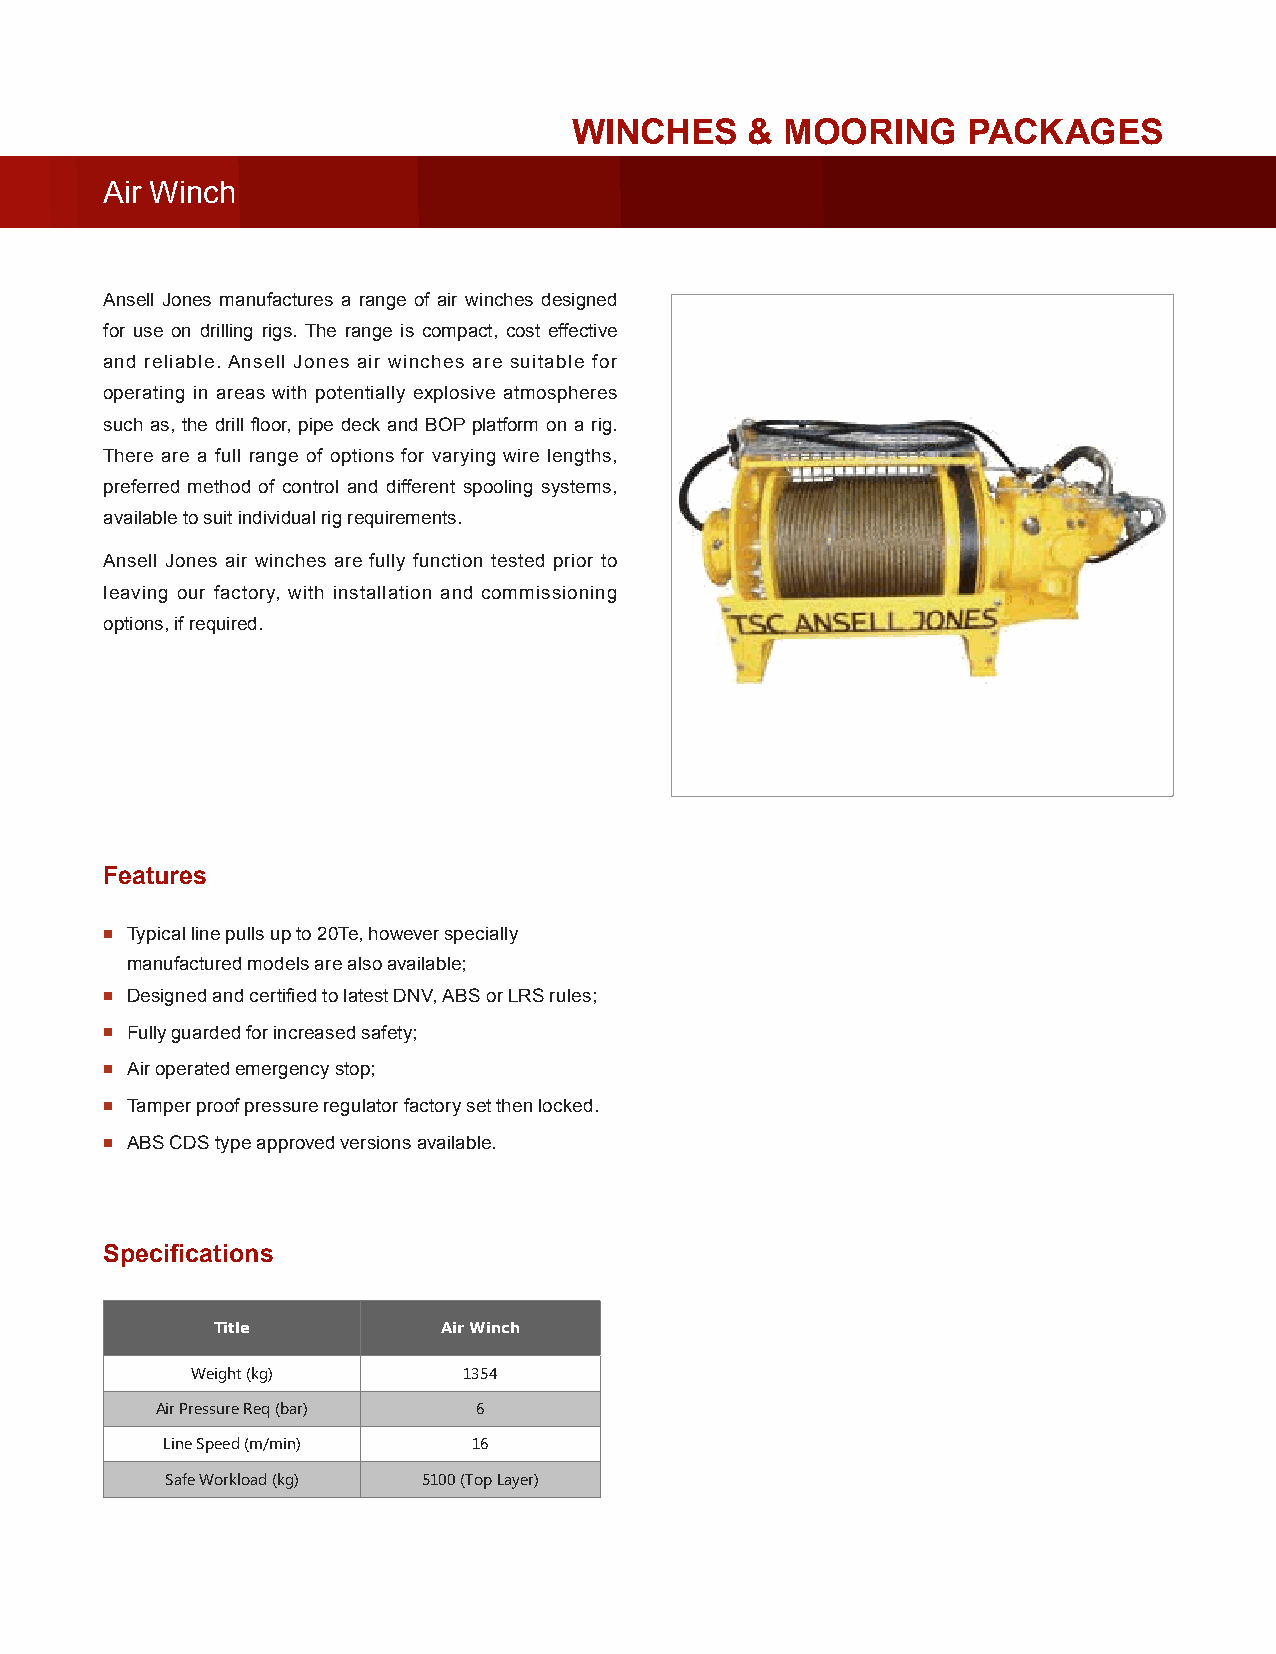
WINCHES     & MOORING     PACKAGES
 Air Winch
 Ansell Jones manufactures a range of air winches designed
 for use on drilling rigs. The range is compact, cost effective
 and reliable. Ansell Jones air winches are suitable for
 operating in areas with potentially explosive atmospheres
 such as, the drill floor, pipe deck and BOP platform on a rig.
 There are a full range of options for varying wire lengths,
 preferred method of control and different spooling systems,
 available to suit individual rig requirements.
 Ansell Jones air winches are fully function tested prior to
 leaving our factory, with installation and commissioning
 options, if required.
 Features
 ▪ Typical line pulls up to 20Te, however specially
 manufactured models are also available;
 ▪ Designed and certified to latest DNV, ABS or LRS rules;
 ▪ Fully guarded for increased safety;
 ▪ Air operated emergency stop;
 ▪ Tamper proof pressure regulator factory set then locked.
 ▪ ABS CDS type approved versions available.
 Specifications
 Title          Air Winch
 Weight (kg)       1354
 Air Pressure Req (bar) 6
 Line Speed (m/min)  16
 Safe Workload (kg) 5100 (Top Layer)